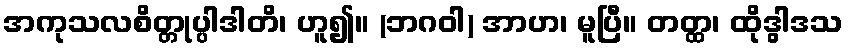
အကုသလစိတ္တုပ္ပါဒါတိ၊ ဟူ၍။ (ဘဂဝါ) အာဟ၊ မူပြီ။ တတ္ထ၊ ထိုဒွါဒသ